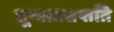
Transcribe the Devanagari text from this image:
शून्यतासप्तति